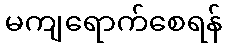
မကျရောက်စေရန်